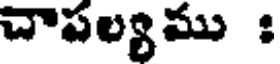
చాపల్యము :